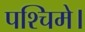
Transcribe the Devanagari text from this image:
पश्चिमे।